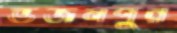
ভজনপুর